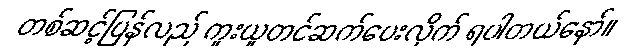
တစ်ဆင့်ပြန်လည် ကူးယူတင်ဆက်ပေးလိုက် ရပါတယ်နော်။